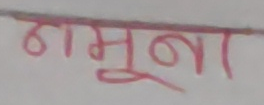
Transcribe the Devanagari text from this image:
नमूना